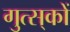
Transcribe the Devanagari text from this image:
गुत्स्‌कों